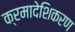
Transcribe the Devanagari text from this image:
क्रमादेशिकरण